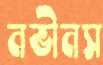
নভীনস